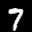
Label: 7